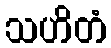
သဟိတံ